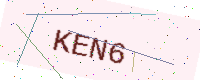
Text: KEN6